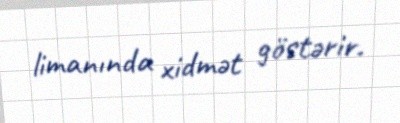
limanında xidmət göstərir.